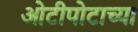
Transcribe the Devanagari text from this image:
ओटीपोटाच्या